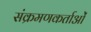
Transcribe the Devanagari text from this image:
संक्रमणकर्ताओं